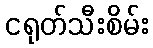
ငရုတ်သီးစိမ်း